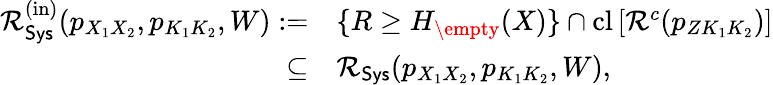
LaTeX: \begin{array}{rl}{\mathcal{R}_{\mathsf{Sys}}^{\mathrm{(in)}}({p}_{X_{1}X_{2}},{p}_{K_{1}K_{2}},W):=}&{\{ R\geq H_{\empty}(X)\} \cap\mathrm{cl}\left[{\cal R}^{c}({p_{ZK_{1}K_{2}}})\right]}\\ {\subseteq}&{\mathcal{R}_{\mathsf{Sys}}({p}_{X_{1}X_{2}},{p}_{K_{1}K_{2}},W),}\end{array}